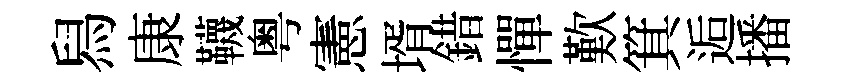
舄康韈粤憲壻錯憚歎箕逅播